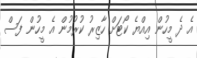
އެ ދެ މީހުން އިއްޔެ ކޯޓަށް ހާޒިރު ކުރުމުން އެ މީހުން ފަސް